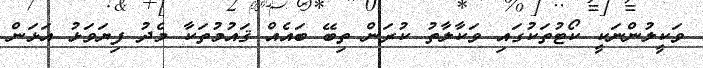
ވަކީލުންނަކީ ކޯޓުތަކުގައި ވަކާލާތު ކުރަން ތިބޭ ބައެއް ޤައުމުތަކާ މެދު ފިޔަވަޅު އަޅަން